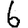
Digit: 6